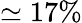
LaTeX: \simeq 17\%